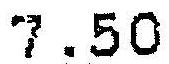
7.50